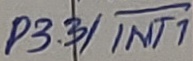
Text: P3.3/INT1